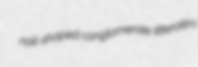
nail-shaped conglomerate litteratim